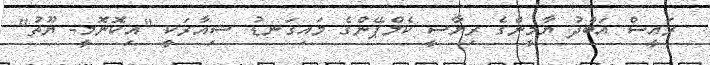
ރައީސް އަބްދު ޔާމީންގެ ރިޔާސީ ކެމްޕޭންގެ މައިގަނޑު ޝިއާރަކީ "އިކޮނޮމީ- ޔޫތު"